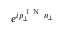
e ^ { i p _ { \perp } ^ { \mathrm { ~ I ~ N ~ } } n _ { \perp } }